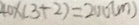
4 0 \times ( 3 + 2 ) = 2 0 0 ( m )